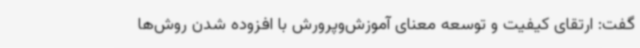
گفت: ارتقای کیفیت و توسعه معنای آموزش‌وپرورش با افزوده شدن روش‌ها